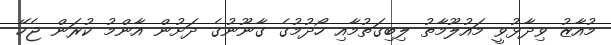
މުއާޒު ވިދާޅުވީ މައުލޫމާތު ލިބިގަތުމާއި ހޯދުމުގެ ގާނޫނުގެ ދަށުން އާންމު ކުރަން ޖެހޭ